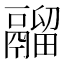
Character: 鬸